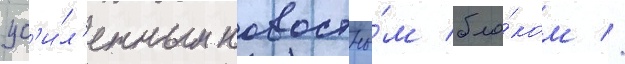
ус'и́л'енным новостны́м бло́ком //